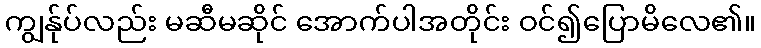
ကျွန်ုပ်လည်း မဆီမဆိုင် အောက်ပါအတိုင်း ဝင်၍ပြောမိလေ၏။